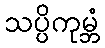
သပ္ပိကုမ္ဘံ